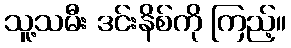
သူ့သမီး ဒင်းနိစ်ကို ကြည့်။